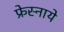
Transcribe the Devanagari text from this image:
फ्रेस्नाये